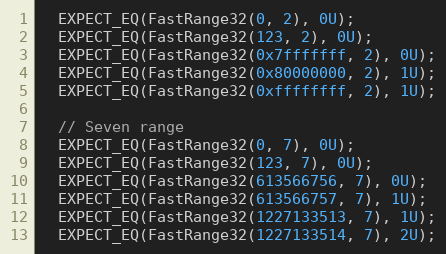
Language: C++
  EXPECT_EQ(FastRange32(0, 2), 0U);
  EXPECT_EQ(FastRange32(123, 2), 0U);
  EXPECT_EQ(FastRange32(0x7fffffff, 2), 0U);
  EXPECT_EQ(FastRange32(0x80000000, 2), 1U);
  EXPECT_EQ(FastRange32(0xffffffff, 2), 1U);

  // Seven range
  EXPECT_EQ(FastRange32(0, 7), 0U);
  EXPECT_EQ(FastRange32(123, 7), 0U);
  EXPECT_EQ(FastRange32(613566756, 7), 0U);
  EXPECT_EQ(FastRange32(613566757, 7), 1U);
  EXPECT_EQ(FastRange32(1227133513, 7), 1U);
  EXPECT_EQ(FastRange32(1227133514, 7), 2U);